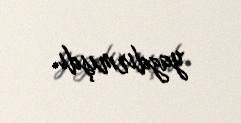
yazdırmışdı.